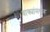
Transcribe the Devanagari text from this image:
वाक्यांमधून